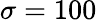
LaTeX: \sigma=100